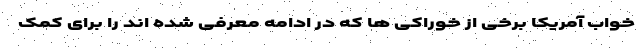
خواب آمریکا برخی از خوراکی ها که در ادامه معرفی شده اند را برای کمک